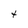
Character: 4